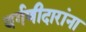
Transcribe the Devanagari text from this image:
वर्गणीदारांना